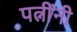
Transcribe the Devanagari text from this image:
पत्नींनी